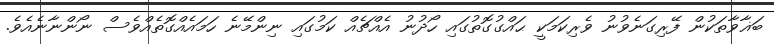
ބަޣާވާތަކުން ފޭރިގަނެވުނު ވެރިކަމަކީ ޙައްގުގޮތުގައި ހޯދުނު އެއްޗެއް ކަމުގައި ނިންމޭނެ ހަމައެއްގޮތެއްވެސް ނޯންނާނެއެވެ.